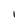
Character: I